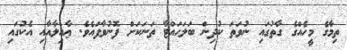
ތިމާގެ މީހެއްގެ ގާތުގައި ނުވަތަ ކުދިން ބަލަހައްޓާ ތަނަކަށް ފޮނުވާފައެވެ. ޢާއިލާއާއި އެކުގައި